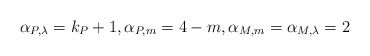
\begin{align*}\alpha_{P,\lambda} = k_P + 1, \alpha_{P,m} = 4-m, \alpha_{M,m} = \alpha_{M,\lambda} = 2\end{align*}